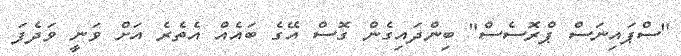
"ސްޕައިނަސް ޕްރޮސެސް" ބިންދައިގެން ގޮސް އޭގެ ބައެއް އެތެރެ އަށް ވަނީ ވަދެފަ